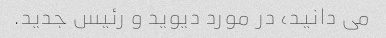
می دانید، در مورد دیوید و رئیس جدید.